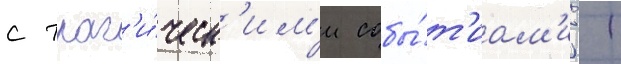
с траг'и́ческ'им'и собы́т'иам'и 11